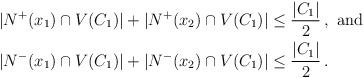
LaTeX: \begin{align*}|N^+(x_1)\cap V(C_1)|+|N^+(x_2)\cap V(C_1)|&\leq \frac{|C_1|}{2}\,, \mathrm{\ and}\\|N^-(x_1)\cap V(C_1)|+|N^-(x_2)\cap V(C_1)|&\leq \frac{|C_1|}{2}\,.\end{align*}